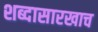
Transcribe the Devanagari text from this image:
शब्दासारखाच